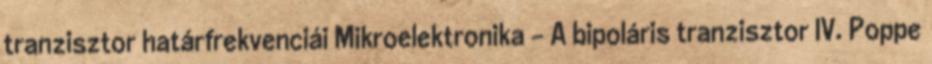
tranzisztor határfrekvenciái Mikroelektronika - A bipoláris tranzisztor IV. Poppe